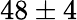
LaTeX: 48\pm 4